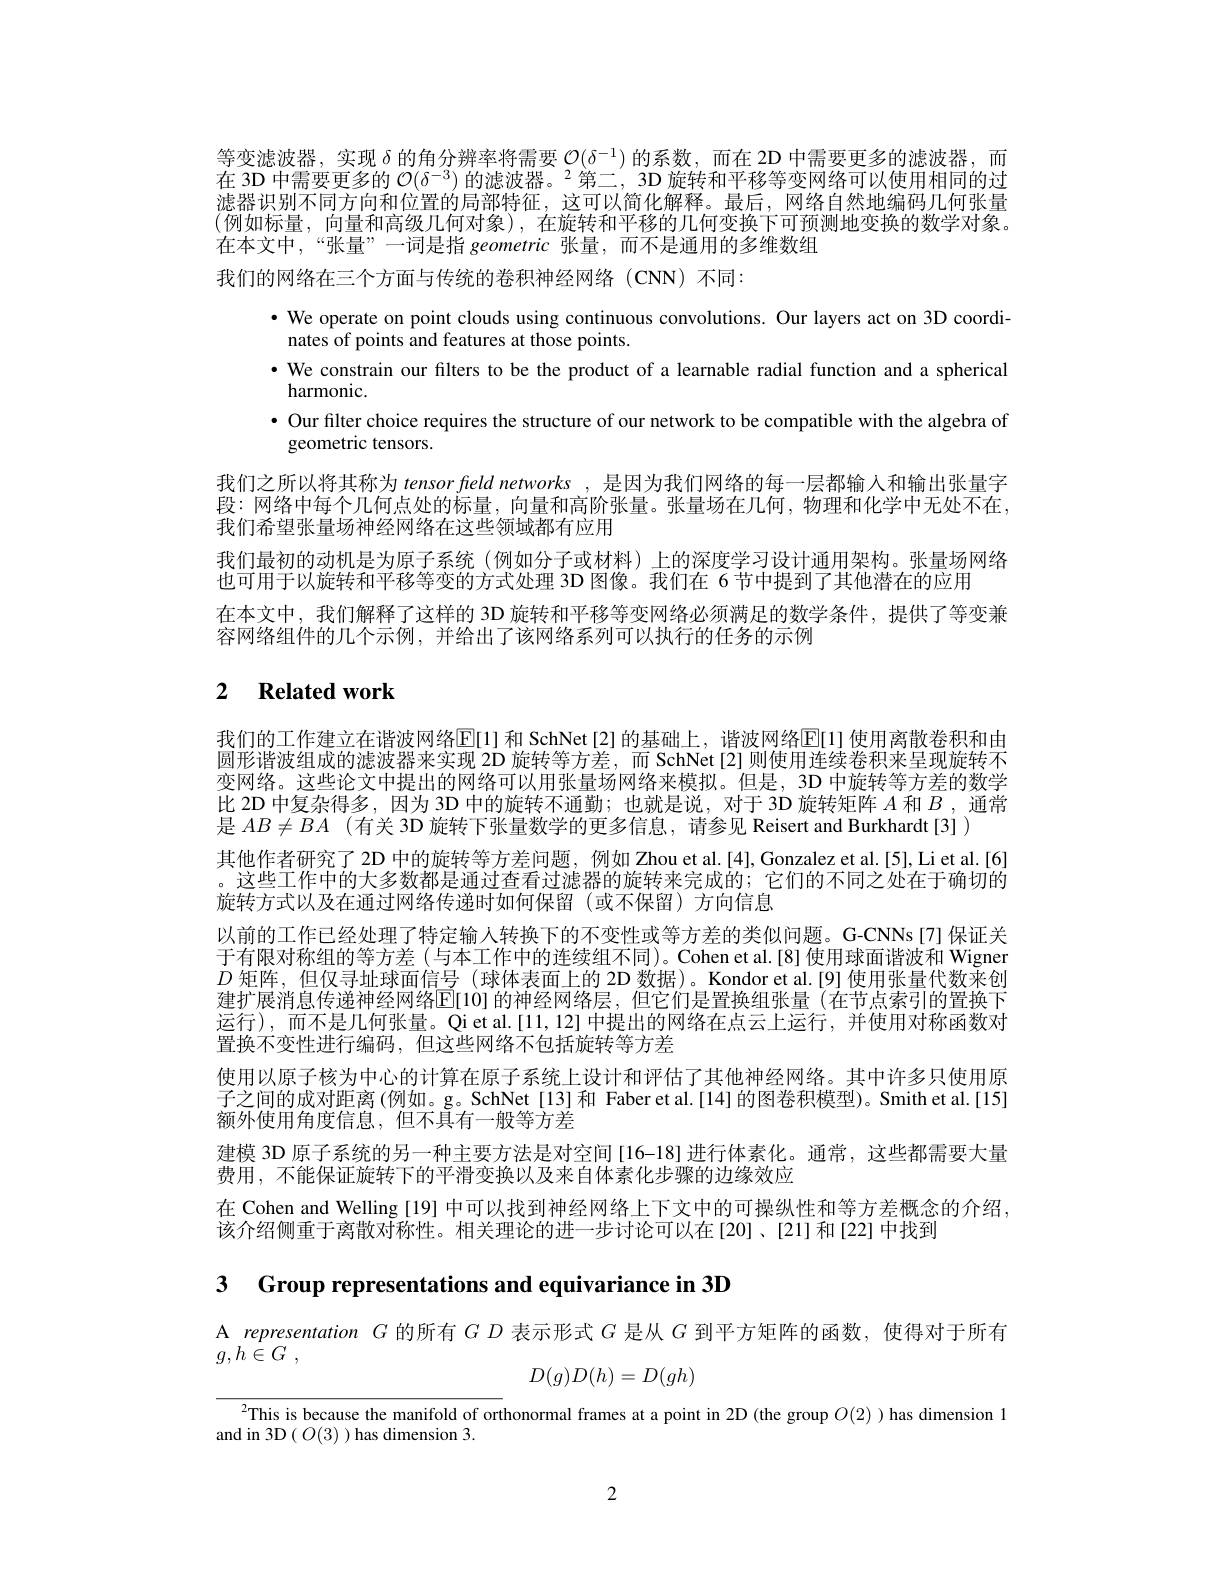
等变滤波器，实现$\delta$的角分辨率将需要$\mathcal{O}(\delta^-1)$的系数，而在 2D 中需要更多的滤波器，而在 3D 中需要更多的 $\mathcal{O} ( \delta ^{- 3}) \text{ 的 滤 波 器 。}^2$第二，3D 旋转和平移等变网络可以使用相同的过滤器识别不同方向和位置的局部特征，这可以简化解释。最后，网络自然地编码几何张量(例如标量，向量和高级几何对象),在旋转和平移的几何变换下可预测地变换的数学对象。在本文中，“张量”一词是指 geometric 张量，而不是通用的多维数组

我们的网络在三个方面与传统的卷积神经网络(CNN)不同：
· We operate on point clouds using continuous convolutions. Our layers act on 3D coordi-
nates of points and features at those points.
·We constrain our filters to be the product of a learnable radial function and a spherical
harmonic.
· Our filter choice requires the structure of our network to be compatible with the algebra of
geometric tensors.
我们之所以将其称为 tensor field networks,是因为我们网络的每一层都输入和输出张量字段：网络中每个几何点处的标量，向量和高阶张量。张量场在几何，物理和化学中无处不在， 我们希望张量场神经网络在这些领域都有应用
我们最初的动机是为原子系统(例如分子或材料)上的深度学习设计通用架构。张量场网络
也可用于以旋转和平移等变的方式处理 3D 图像。我们在 6 节中提到了其他潜在的应用
在本文中，我们解释了这样的 3D 旋转和平移等变网络必须满足的数学条件，提供了等变兼
容网络组件的几个示例，并给出了该网络系列可以执行的任务的示例

# 2 Related work

我们的工作建立在谐波网络E[1]和 SchNet[2]的基础上，谐波网络E[1]使用离散卷积和由圆形谐波组成的滤波器来实现 2D 旋转等方差，而 SchNet[2]则使用连续卷积来呈现旋转不变网络。这些论文中提出的网络可以用张量场网络来模拟。但是，3D 中旋转等方差的数学比 2D 中复杂得多，因为 3D 中的旋转不通勤；也就是说，对于 3D 旋转矩阵$A$和$B$ ,通常是$AB\neq BA$ (有关 3D 旋转下张量数学的更多信息，请参见 Reisert and Burkhardt[3])
其他作者研究了 2D 中的旋转等方差问题，例如 Zhou et al.[4], Gonzalez et al.[5], Li et al.[6] 。这些工作中的大多数都是通过查看过滤器的旋转来完成的；它们的不同之处在于确切的旋转方式以及在通过网络传递时如何保留(或不保留)方向信息
以前的工作已经处理了特定输入转换下的不变性或等方差的类似问题。G-CNNs[7] 保证关于有限对称组的等方差(与本工作中的连续组不同)。Cohen et al.[8] 使用球面谐波和 Wigner $D$矩阵，但仅寻址球面信号(球体表面上的 2D 数据)。Kondor et al.[9]使用张量代数来创建扩展消息传递神经网络$\mathbb{E}[10]$ 的神经网络层，但它们是置换组张量(在节点索引的置换下运行),而不是几何张量。Qi et al.[11,12] 中提出的网络在点云上运行，并使用对称函数对置换不变性进行编码，但这些网络不包括旋转等方差
使用以原子核为中心的计算在原子系统上设计和评估了其他神经网络。其中许多只使用原子之间的成对距离(例如。g。SchNet[13]和 Faber et al.[14]的图卷积模型)。Smith et al.[15] 额外使用角度信息，但不具有一般等方差
建模 3D 原子系统的另一种主要方法是对空间 [16-18]进行体素化。通常，这些都需要大量
费用，不能保证旋转下的平滑变换以及来自体素化步骤的边缘效应
在 Cohen and Welling [19] 中可以找到神经网络上下文中的可操纵性和等方差概念的介绍，
该介绍侧重于离散对称性。相关理论的进一步讨论可以在[20]、[21]和[22]中找到

3 Group representations and equivariance in 3D

A representation $G$的所有$GD$表示形式$G$是从$G$到平方矩阵的函数，使得对于所有

$g, h\overset {^{\prime }}{\operatorname* { \in } }G$ ,
$$D(g)D(h)=D(gh)$$
$^{2}$This is because the manifold of orthonormal frames at a point in 2D (the group $O(2)$ )has dimension 1
and in 3D $(O(3)$ ) has dimension 3.

2